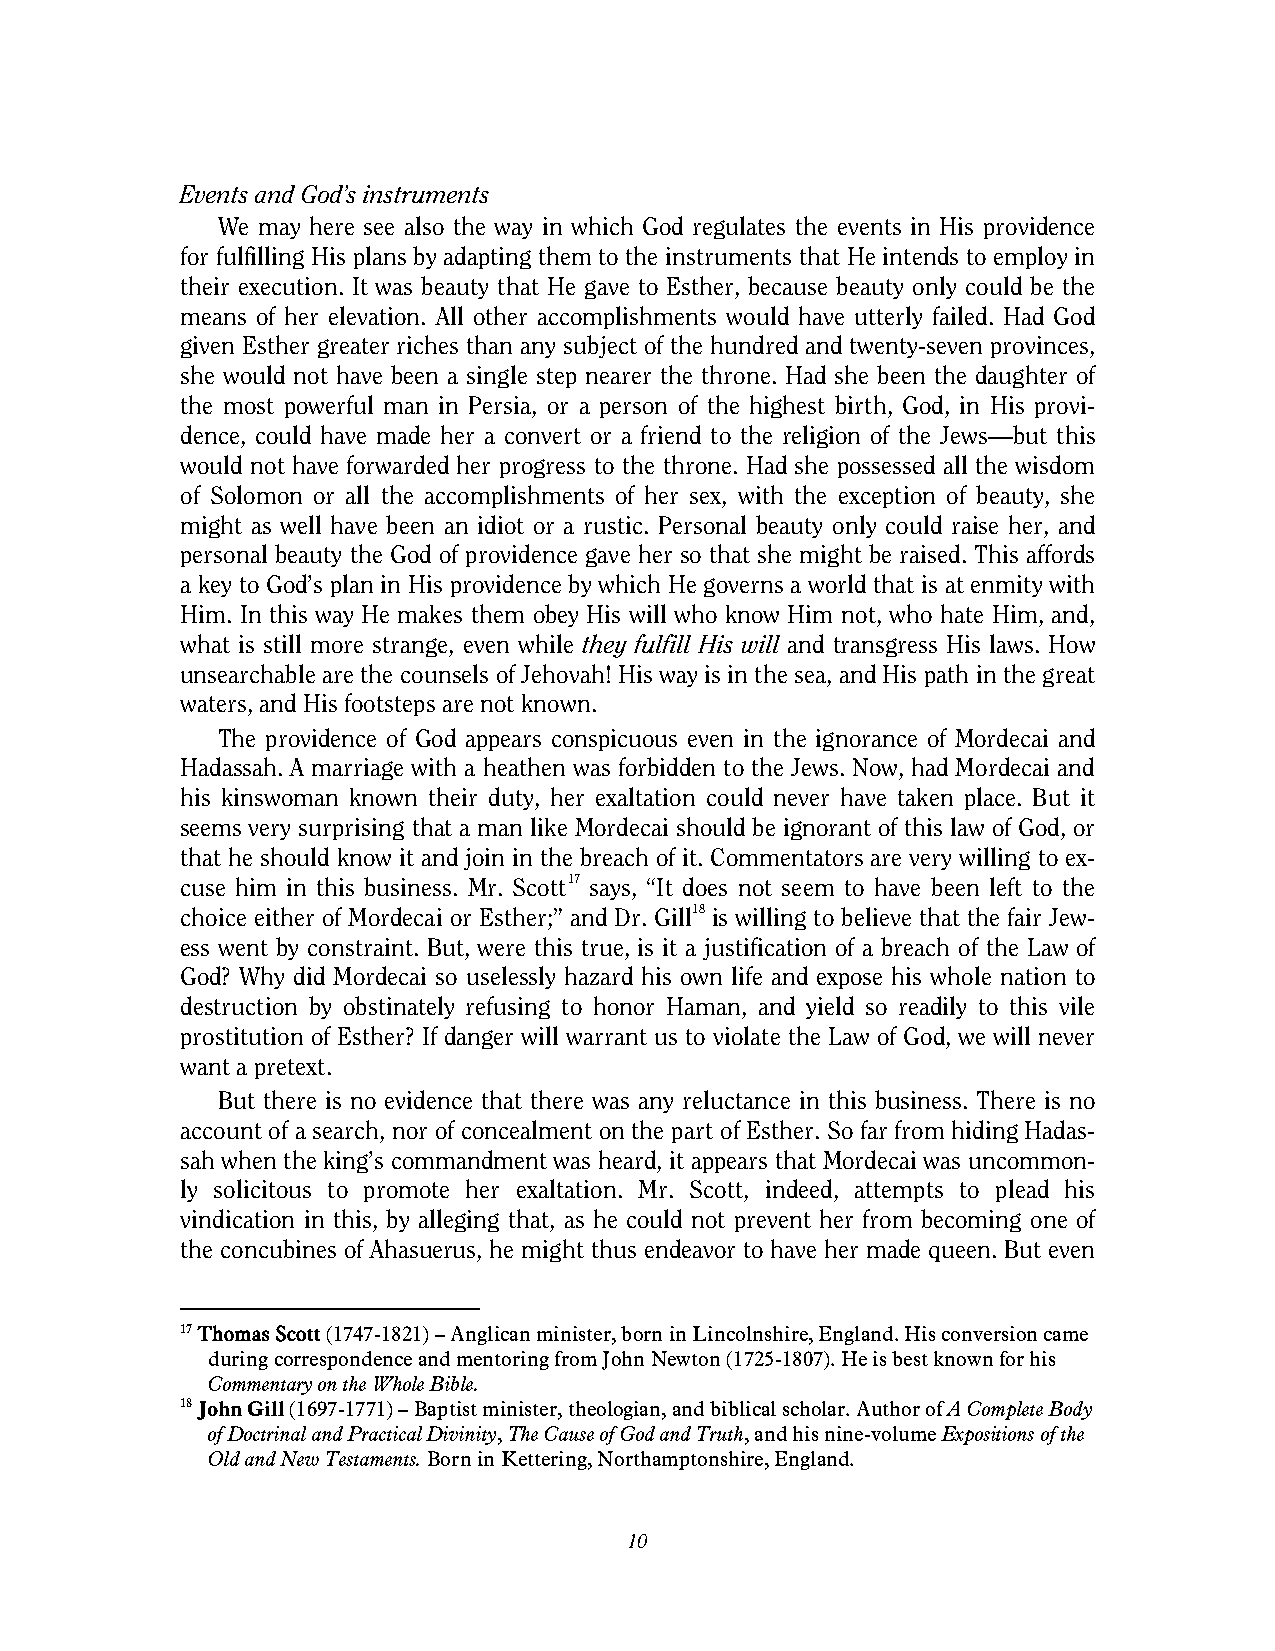
Events and God’s instruments
 We may here see also the way in which God regulates the events in His providence
 for fulfilling His plans by adapting them to the instruments that He intends to employ in
 their execution. It was beauty that He gave to Esther, because beauty only could be the
 means of her elevation. All other accomplishments would have utterly failed. Had God
 given Esther greater riches than any subject of the hundred and twenty-seven provinces,
 she would not have been a single step nearer the throne. Had she been the daughter of
 the most powerful man in Persia, or a person of the highest birth, God, in His provi-
 dence, could have made her a convert or a friend to the religion of the Jews—but this
 would not have forwarded her progress to the throne. Had she possessed all the wisdom
 of Solomon or all the accomplishments of her sex, with the exception of beauty, she
 might as well have been an idiot or a rustic. Personal beauty only could raise her, and
 personal beauty the God of providence gave her so that she might be raised. This affords
 a key to God’s plan in His providence by which He governs a world that is at enmity with
 Him. In this way He makes them obey His will who know Him not, who hate Him, and,
 what is still more strange, even while they fulfill His will and transgress His laws. How
 unsearchable are the counsels of Jehovah! His way is in the sea, and His path in the great
 waters, and His footsteps are not known.
 The providence of God appears conspicuous even in the ignorance of Mordecai and
 Hadassah. A marriage with a heathen was forbidden to the Jews. Now, had Mordecai and
 his kinswoman known their duty, her exaltation could never have taken place. But it
 seems very surprising that a man like Mordecai should be ignorant of this law of God, or
 that he should know it and join in the breach of it. Commentators are very willing to ex-
 cuse him in this business. Mr. Scott17 says, “It does not seem to have been left to the
 choice either of Mordecai or Esther;” and Dr. Gill18 is willing to believe that the fair Jew-
 ess went by constraint. But, were this true, is it a justification of a breach of the Law of
 God? Why did Mordecai so uselessly hazard his own life and expose his whole nation to
 destruction by obstinately refusing to honor Haman, and yield so readily to this vile
 prostitution of Esther? If danger will warrant us to violate the Law of God, we will never
 want a pretext.
 But there is no evidence that there was any reluctance in this business. There is no
 account of a search, nor of concealment on the part of Esther. So far from hiding Hadas-
 sah when the king’s commandment was heard, it appears that Mordecai was uncommon-
 ly solicitous to promote her exaltation. Mr. Scott, indeed, attempts to plead his
 vindication in this, by alleging that, as he could not prevent her from becoming one of
 the concubines of Ahasuerus, he might thus endeavor to have her made queen. But even
 17 Thomas Scott (1747-1821) – Anglican minister, born in Lincolnshire, England. His conversion came
 during correspondence and mentoring from John Newton (1725-1807). He is best known for his
 Commentary on the Whole Bible.
 18 John Gill (1697-1771) – Baptist minister, theologian, and biblical scholar. Author of A Complete Body
 of Doctrinal and Practical Divinity, The Cause of God and Truth, and his nine-volume Expositions of the
 Old and New Testaments. Born in Kettering, Northamptonshire, England.
 10